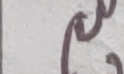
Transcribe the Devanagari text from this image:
९